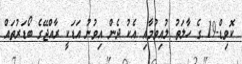
ކޮވިޑް-19 ގެ ހާލަތު ލުއިވުމާއި އެކު ދެން އިވުނު އަޑަކީ ރާއްޖޭގެ ބޯޑަރުތައް